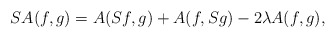
\begin{align*}S A(f, g) = A(S f, g) + A(f, S g) - 2 \lambda A(f, g),\end{align*}